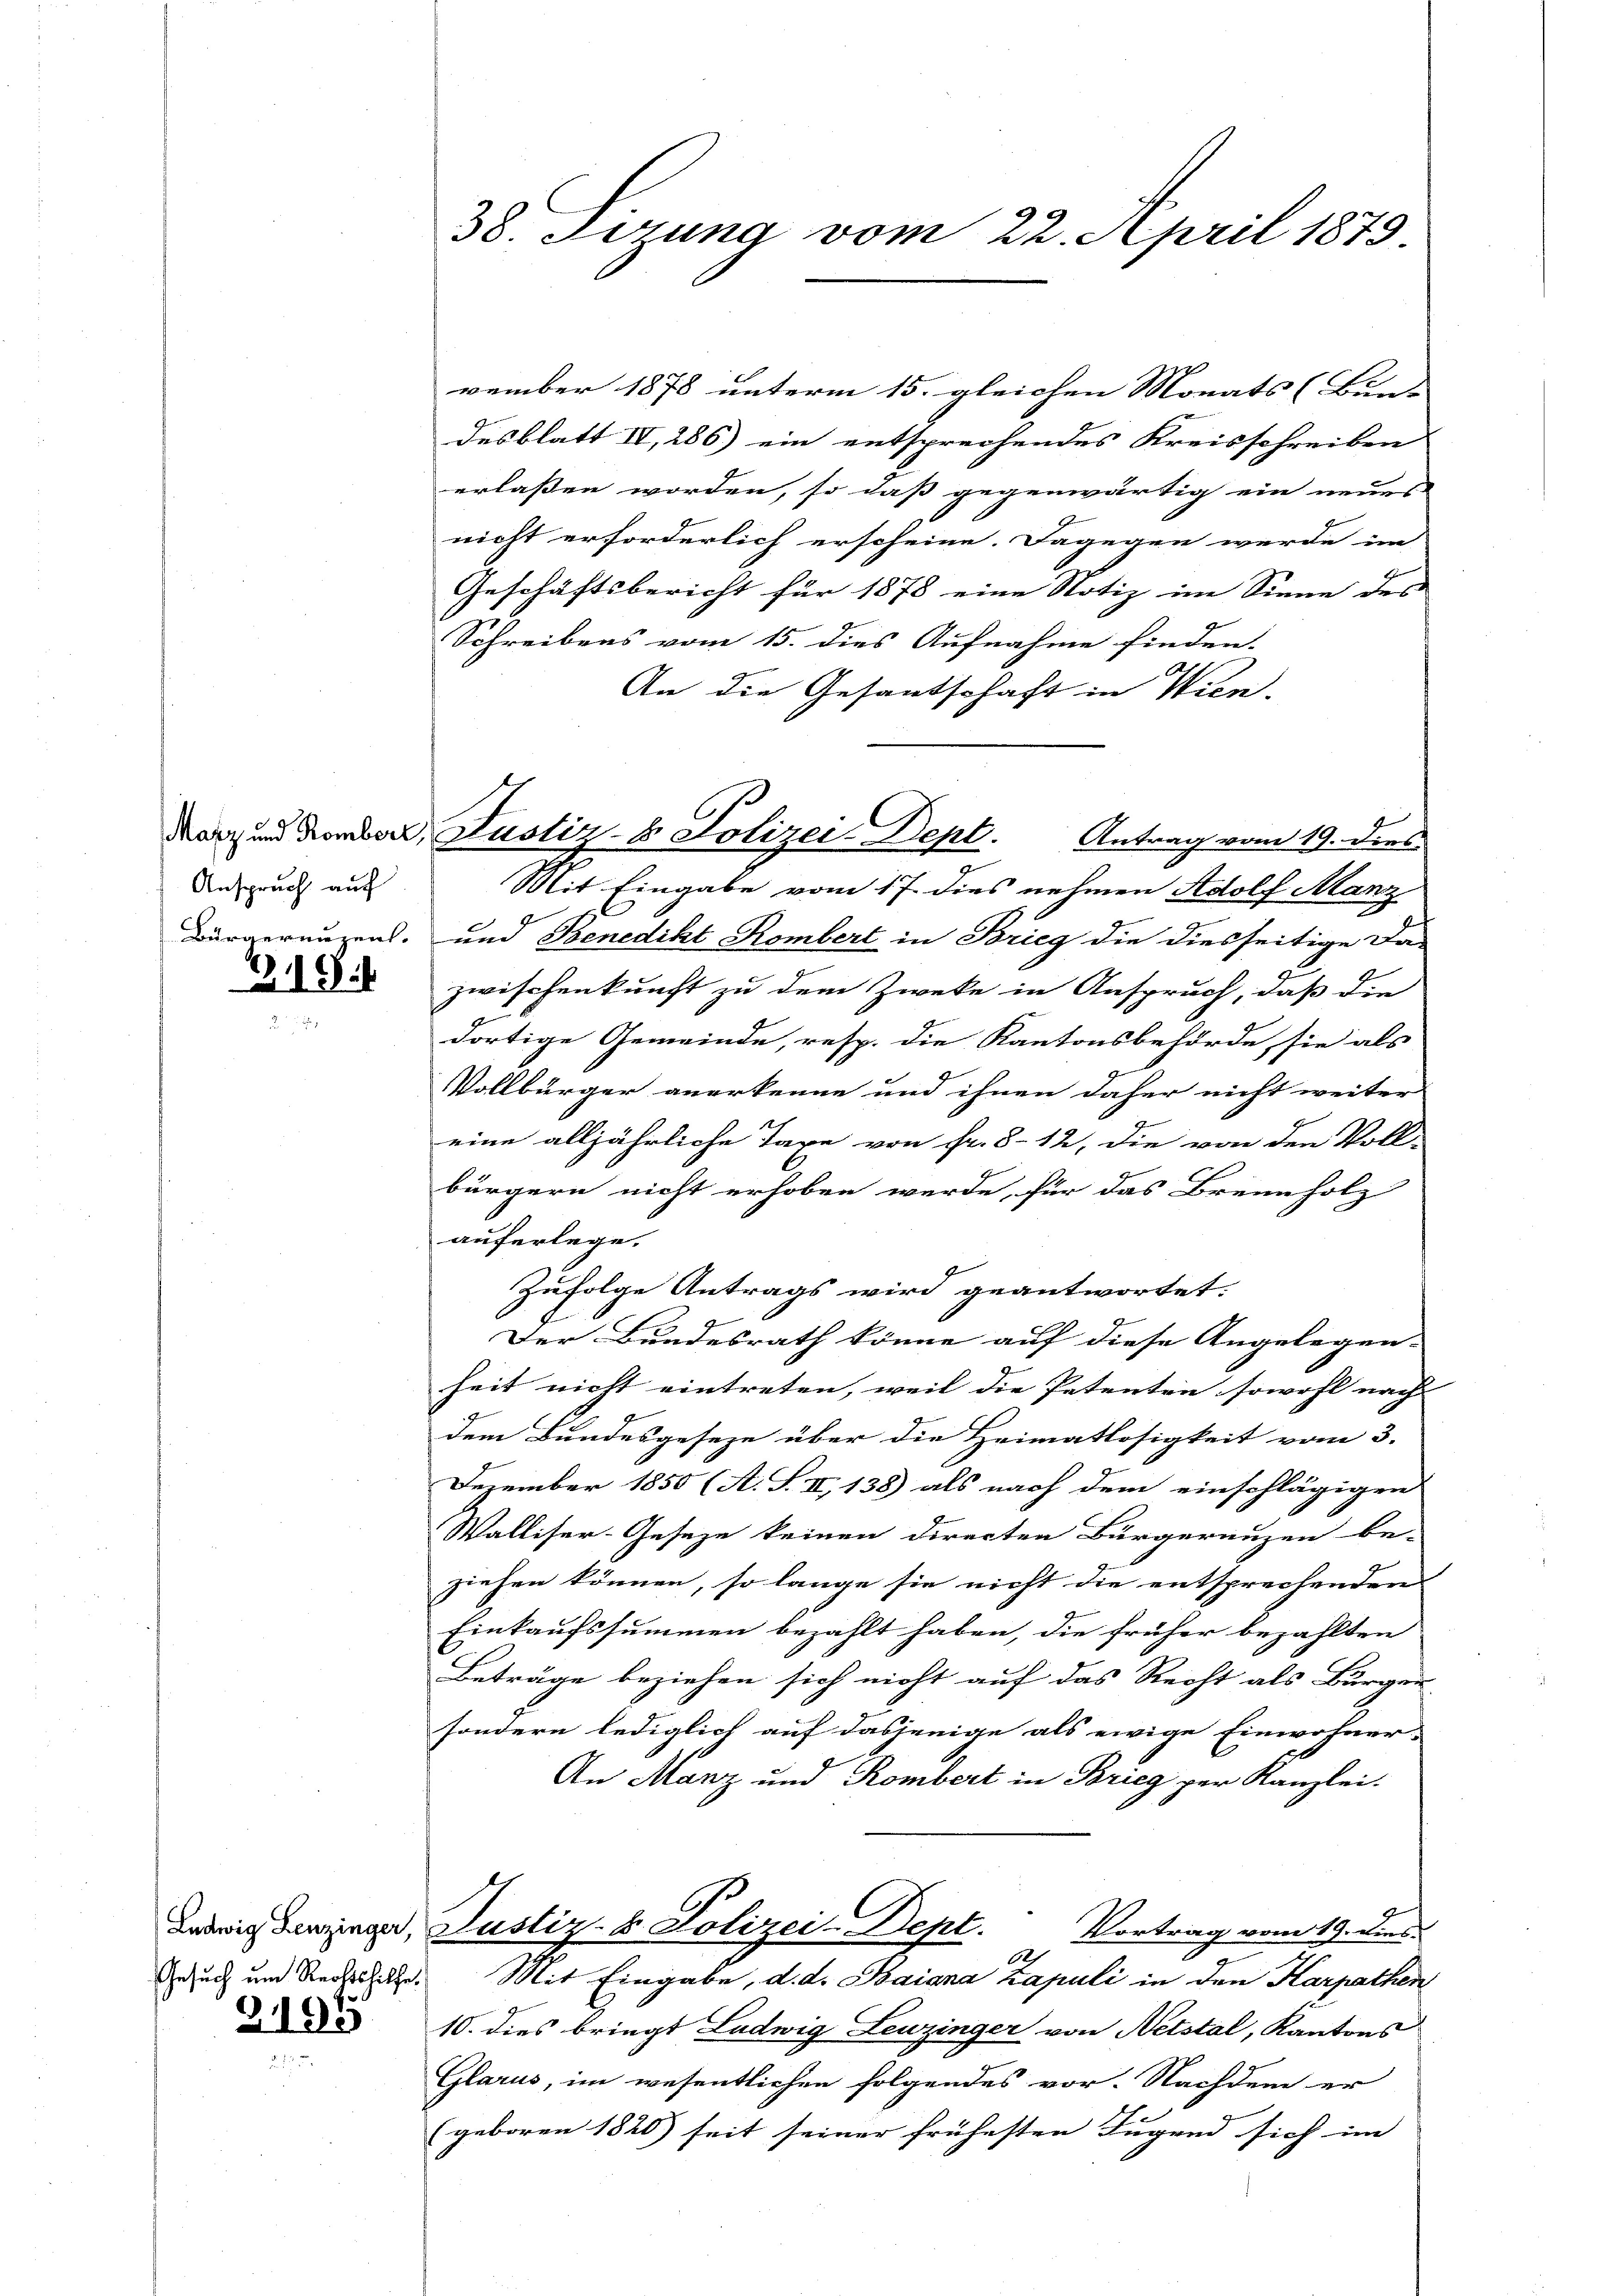
Anspruch auf
Bürgernuzent.

19

Gesuch um Rechtshilfe.
3.195

38. Sizung vom 22. April 1879.

vember 1878 unterm 15. gleichen Monats (Bunt
desblatt IV, 286) ein entsprechendes Kreisschreiben
erlassen worden, so daß gegenwärtig ein neues
nicht erforderlich erscheine. Dagegen werde im
Geschäftsbericht für 1878 eine Notiz im Sinne des |
Schreibens vom 15. dies Aufnahme finden.
An die Gesantschaft in Wien-
Mit Eingabe vom 17. dies nehmen Adolf Manz
und Benedikt Rombert in Brieg die diesseitige Da-
zwischenkunft zu dem Zwecke in Anspruch, daß die
dortige Gemeinde, resp. die Kantonsbehörde sie als
Vollbürger anerkenne und ihnen daher nicht weiter
eine alljährliche Taxe von Fr. 812, die von den Voll-
bürgern nicht erhoben werde, für das Brennholz
auferlege.
Zufolge Antrags wird geantwortet.
Der Bundesrath könne auf diese Angelegen-
heit nicht eintreten, weil die Petenten sowohl nach |
dem Bundesgeseze über die Heimatlosigkeit vom 3.
Dezember 1850 (A. S. II, 138) als nach dem einschlägigen
Walliser-Geseze keinen directen Bürgerenzen be-
ziehen können, so lange sie nicht die entsprechenden
Einkaufssummen bezahlt haben, die früher bezahlten
Beträge beziehen sich nicht auf das Recht als Bürger
sondern lediglich auf dasjenige als ewige Einwohner-
An Manz und Rombert in Brieg per Kanzlei.
C
Ladris Benzinger, Justiz- & Polizei-Dept. Vortrag vom 19. dies
6
Mit Eingabe, d. d. Baiana zapuli in den Karpathen
10. dies bringt Ludwig Leuzinger von Netstal, Kantons
Glarus, im wesentlichen folgendes vor. Nachdem er
(geboren 1820) seit seiner frühesten Jugend sich im

Marz und Domber, Justiz- & Polizei-Dept. Antrag vom 19. dies